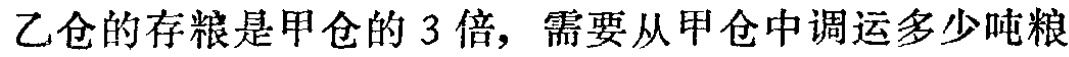
乙仓的存粮是甲仓的 3 倍，需要从甲仓中调运多少吨粮